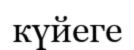
күйеге